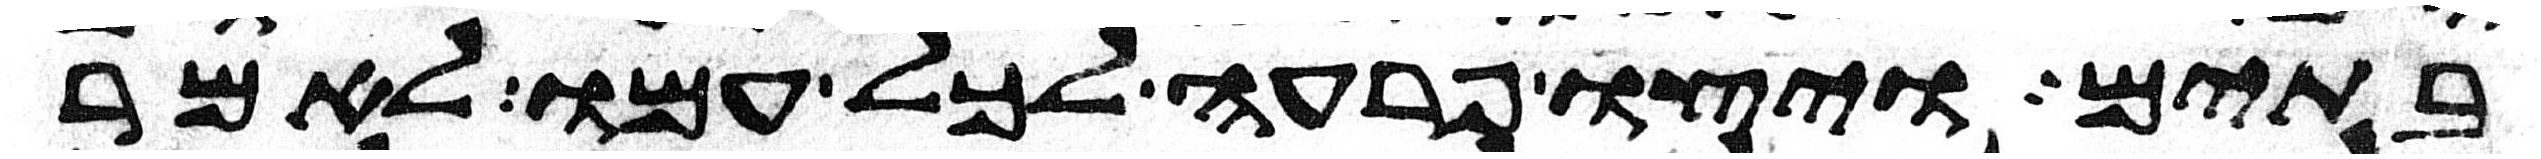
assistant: בתים ויצו פרעה לכל עמו לאמר